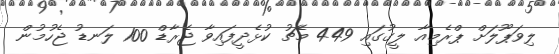
ލިވަޕޫލަށް ޕްރެމިއާ ލީގުގައި 449 މެޗު ކުޅެދީފައިވާ ޖެރާޑް 100 ލަނޑު ޖެހުމުން